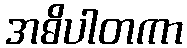
အဓိပါတကာ